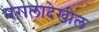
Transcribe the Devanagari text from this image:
नरालादेखील